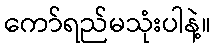
ကော်ရည်မသုံးပါနဲ့။